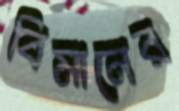
বিমানের